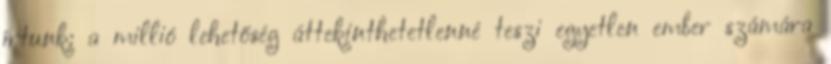
írtunk: a millió lehetőség áttekinthetetlenné teszi egyetlen ember számára